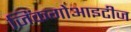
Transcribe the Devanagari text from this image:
जिंकगोआइटीज